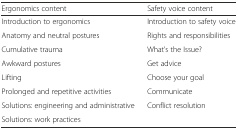
<table><thead><tr><td><b>Ergonomics content</b></td><td><b>Safety voice content</b></td></tr></thead><tbody><tr><td>Introduction to ergonomics</td><td>Introduction to safety voice</td></tr><tr><td>Anatomy and neutral postures</td><td>Rights and responsibilities</td></tr><tr><td>Cumulative trauma</td><td>What’s the Issue?</td></tr><tr><td>Awkward postures</td><td>Get advice</td></tr><tr><td>Lifting</td><td>Choose your goal</td></tr><tr><td>Prolonged and repetitive activities</td><td>Communicate</td></tr><tr><td>Solutions: engineering and administrative</td><td>Conflict resolution</td></tr><tr><td>Solutions: work practices</td><td></td></tr></tbody></table>